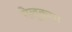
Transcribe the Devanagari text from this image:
गेलुक्पा